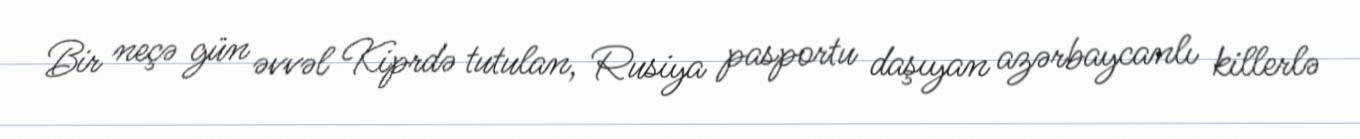
Bir neçə gün əvvəl Kiprdə tutulan, Rusiya pasportu daşıyan azərbaycanlı killerlə